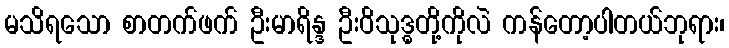
မသိရသော စာတက်ဖက် ဦးမာရိန္ဒ ဦးဝိသုဒ္ဓတို့ကိုလဲ ကန်တော့ပါတယ်ဘုရား၊